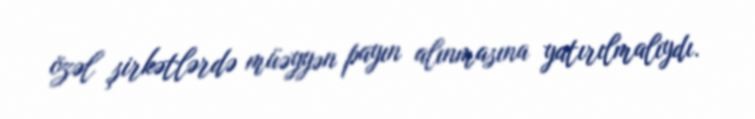
özəl şirkətlərdə müəyyən payın alınmasına yatırılmalıydı.